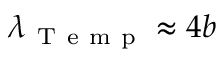
\lambda _ { \mathrm { ~ T ~ e ~ m ~ p ~ } } \approx 4 b